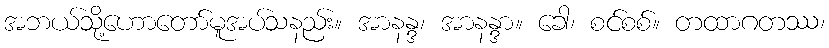
အဘယ်သို့ဟောတော်မူအပ်သနည်း။ အာနန္ဒ၊ အာနန္ဒာ။ ခေါ၊ စင်စစ်။ တထာဂတဿ၊